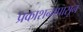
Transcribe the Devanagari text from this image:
प्रकाशनापासून